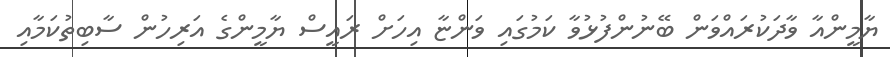
ޔާމީންއާ ވާދަކުރައްވަން ބޭނުންފުޅުވާ ކަމުގައި ވަންޏާ އިހަށް ރައީސް ޔާމީންގެ އަރިހުން ސާބިތުކަމާއި